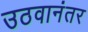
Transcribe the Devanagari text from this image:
उठवानंतर